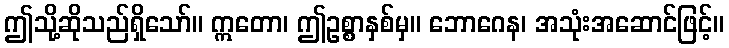
ဤသို့ဆိုသည်ရှိသော်။ ဣတော၊ ဤဥစ္စာနှစ်မှ။ ဘောဂေန၊ အသုံးအဆောင်ဖြင့်။